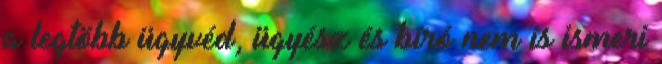
a legtöbb ügyvéd, ügyész és bíró nem is ismeri